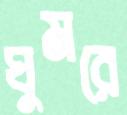
ঘুমরে